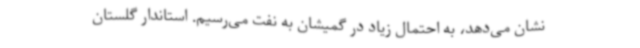
نشان می‌دهد، به احتمال زیاد در گمیشان به نفت می‌رسیم. استاندار گلستان